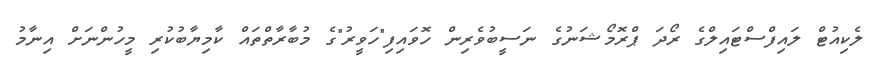
ލެކިއުޓް ލައިފްސްޓައިލްގެ ރޯދަ ޕްރޮމޯޝަނުގެ ނަސީބުވެރިން ހޮވައިފި"ހަވީރު"ގެ މުބާރާތްތައް ކާމިޔާބުކުރި މީހުންނަށް އިނާމު